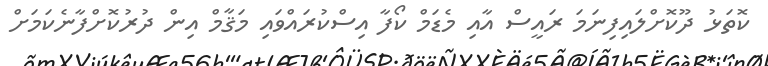
ކޮތަޅު ދޫކޮށްލައިފިނަމަ ރައީސް އާއި މެޑަމް ކޯފާ އިސްކުރައްވައި މަޤާމް އިން ދުރުކޮށްފާނެކަމަށް